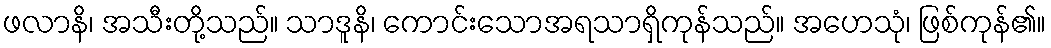
ဖလာနိ၊ အသီးတို့သည်။ သာဒူနိ၊ ကောင်းသောအရသာရှိကုန်သည်။ အဟေသုံ၊ ဖြစ်ကုန်၏။